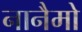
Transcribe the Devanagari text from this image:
नानैमो